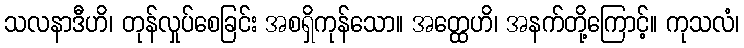
သလနာဒီဟိ၊ တုန်လှုပ်စေခြင်း အစရှိကုန်သော။ အတ္ထေဟိ၊ အနက်တို့ကြောင့်။ ကုသလံ၊